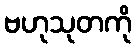
ဗဟုသုတကို